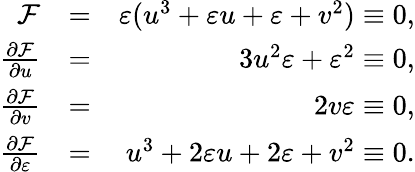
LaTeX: \begin{array}{rlr}{\mathcal{F}}&{=}&{\varepsilon(u^{3}+\varepsilon u+\varepsilon+v^{2})\equiv 0,}\\ {\frac{\partial\mathcal{F}}{\partial u}}&{=}&{3u^{2}\varepsilon+\varepsilon^{2}\equiv 0,}\\ {\frac{\partial\mathcal{F}}{\partial v}}&{=}&{2v\varepsilon\equiv 0,}\\ {\frac{\partial\mathcal{F}}{\partial\varepsilon}}&{=}&{u^{3}+2\varepsilon u+2\varepsilon+v^{2}\equiv 0.}\end{array}